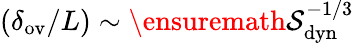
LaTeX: (\delta_{\mathrm{ov}}/L)\sim\ensuremath{\mathcal{S}}_{\mathrm{dyn}}^{-1/3}